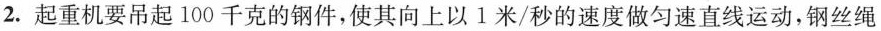
2. 起重机要吊起 100 千克的钢件，使其向上以 1 米/秒 的速度做匀速直线运动，钢丝绳